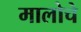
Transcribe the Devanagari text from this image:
मालोचे